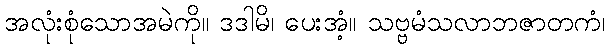
အလုံးစုံသောအမဲကို။ ဒဒါမိ၊ ပေးအံ့။ သဗ္ဗမံသလာဘဇာတကံ၊